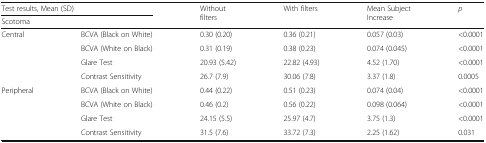
<table><thead><tr><td colspan="2"><b>Test results, Mean (SD)</b></td><td rowspan="2"><b>Without filters</b></td><td rowspan="2"><b>With filters</b></td><td rowspan="2"><b>Mean Subject Increase</b></td><td rowspan="2"><b><i>p</i></b></td></tr><tr><td><b>Scotoma</b></td><td></td></tr></thead><tbody><tr><td rowspan="4">Central</td><td>BCVA (Black on White)</td><td>0.30 (0.20)</td><td>0.36 (0.21)</td><td>0.057 (0.03)</td><td>&lt;0.0001</td></tr><tr><td>BCVA (White on Black)</td><td>0.31 (0.19)</td><td>0.38 (0.23)</td><td>0.074 (0.045)</td><td>&lt;0.0001</td></tr><tr><td>Glare Test</td><td>20.93 (5.42)</td><td>22.82 (4.93)</td><td>4.52 (1.70)</td><td>&lt;0.0001</td></tr><tr><td>Contrast Sensitivity</td><td>26.7 (7.9)</td><td>30.06 (7.8)</td><td>3.37 (1.8)</td><td>0.0005</td></tr><tr><td rowspan="4">Peripheral</td><td>BCVA (Black on White)</td><td>0.44 (0.22)</td><td>0.51 (0.23)</td><td>0.074 (0.04)</td><td>&lt;0.0001</td></tr><tr><td>BCVA (White on Black)</td><td>0.46 (0.2)</td><td>0.56 (0.22)</td><td>0.098 (0.064)</td><td>&lt;0.0001</td></tr><tr><td>Glare Test</td><td>24.15 (5.5)</td><td>25.97 (4.7)</td><td>3.75 (1.3)</td><td>&lt;0.0001</td></tr><tr><td>Contrast Sensitivity</td><td>31.5 (7.6)</td><td>33.72 (7.3)</td><td>2.25 (1.62)</td><td>0.031</td></tr></tbody></table>